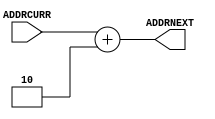
module incrementer(ADDRCURR, ADDRNEXT);
	input [7:0] ADDRCURR;
	output [7:0] ADDRNEXT;
	
	assign ADDRNEXT = ADDRCURR + 8'd2;
endmodule